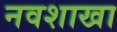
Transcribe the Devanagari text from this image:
नवशाखा